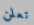
تعلن